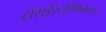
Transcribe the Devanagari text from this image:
ट्रांसईस्टरिफिकेशन